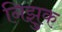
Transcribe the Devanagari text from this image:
निझुक